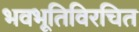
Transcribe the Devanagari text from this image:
भवभूतिविरचित